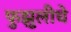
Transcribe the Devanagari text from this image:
फुझुलीचे